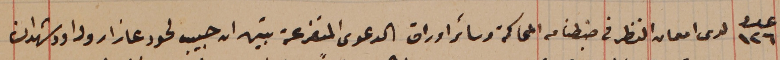
عدد ١٢٦ لدى امعان النظر فى ضبطنا من المحاكمة وسائر اوراق الدعوى المتفرعة تبين ان حبيب لحود عازار وداود شهدان